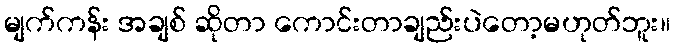
မျက်ကန်း အချစ် ဆိုတာ ကောင်းတာချည်းပဲတော့မဟုတ်ဘူး။